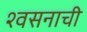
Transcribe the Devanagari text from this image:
श्वसनाची